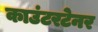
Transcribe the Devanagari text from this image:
काउंटरटेनर